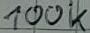
Text: 100k